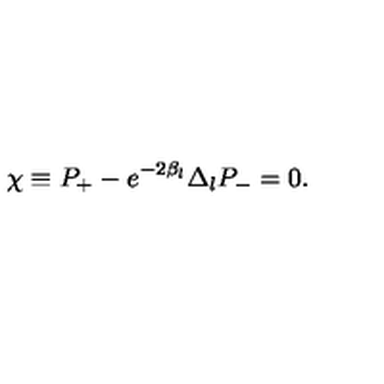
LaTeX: \chi \equiv P _ { + } - e ^ { - 2 \beta _ { l } } \Delta _ { l } P _ { - } = 0 .